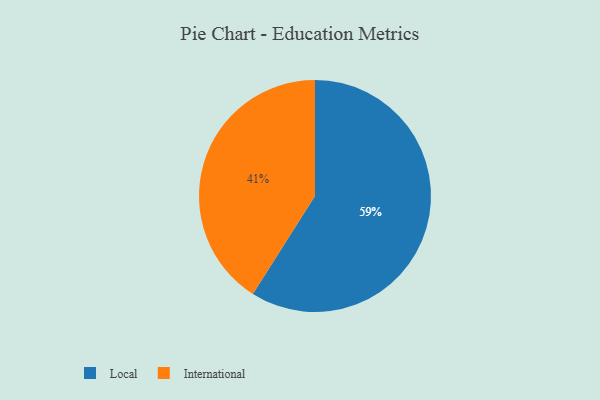
{"axis": {"x": "Category", "y": "Percentage"}, "legend": ["International", "Local"], "data": [{"x": "International", "y": 41, "type": "International"}, {"x": "Local", "y": 59, "type": "Local"}]}